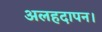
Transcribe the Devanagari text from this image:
अलहदापन।